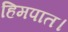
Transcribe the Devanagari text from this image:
हिमपात।